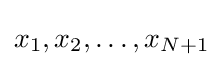
x_{1},x_{2},\dots ,x_{N+1}